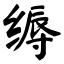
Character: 缛